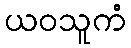
ယဝသူကံ